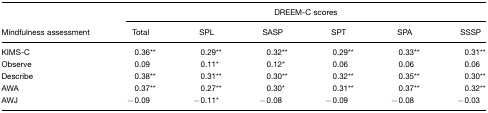
|  | <COLSPAN=6> DREEM-C scores |
 | Mindfulness assessment | Total | SPL | SASP | SPT | SPA | SSSP |
 | --- | --- | --- | --- | --- | --- | --- |
 | KIMS-C | 0.36** | 0.29** | 0.32** | 0.29** | 0.33** | 0.31** |
 | Observe | 0.09 | 0.11* | 0.12* | 0.06 | 0.06 | 0.06 |
 | Describe | 0.38** | 0.31** | 0.30** | 0.32** | 0.35** | 0.30** |
 | AWA | 0.37** | 0.27** | 0.30* | 0.31** | 0.37** | 0.32** |
 | AWJ | −0.09 | −0.11* | −0.08 | −0.09 | −0.08 | −0.03 |